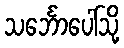
သင်္ဘောပေါ်သို့